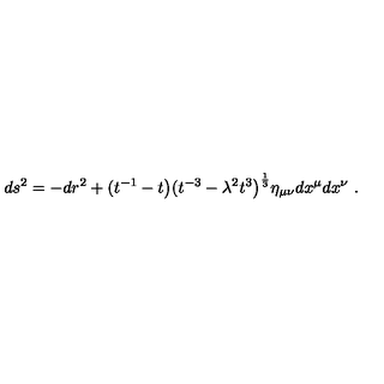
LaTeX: d s ^ { 2 } = - d r ^ { 2 } + ( t ^ { - 1 } - t \big ) ( t ^ { - 3 } - \lambda ^ { 2 } t ^ { 3 } \big ) ^ { \frac { 1 } { 3 } } \eta _ { \mu \nu } d x ^ { \mu } d x ^ { \nu } \ .